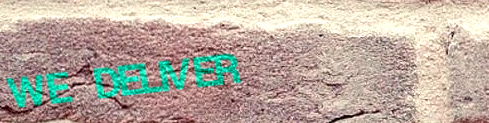
WE DELIVER